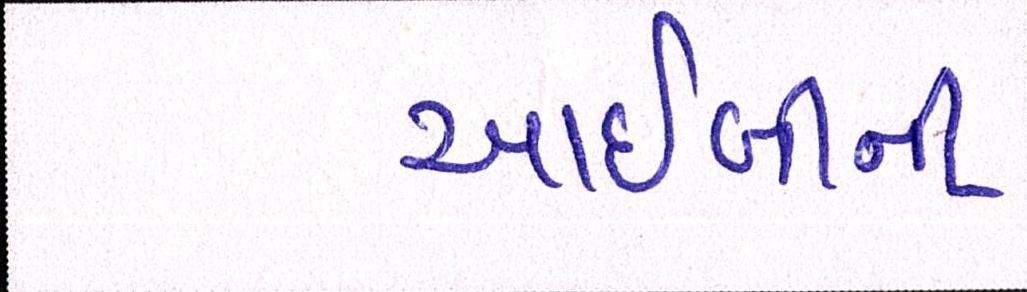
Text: આઈબીની